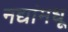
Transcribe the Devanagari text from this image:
नद्यांमधू